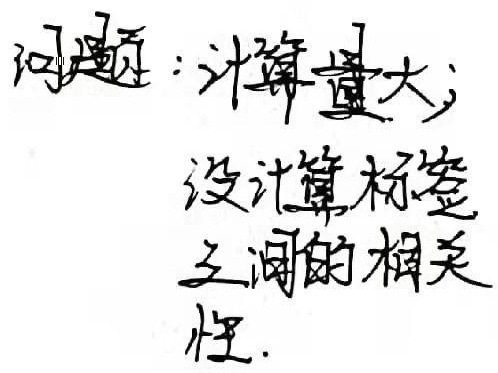
问题：计算量大；没计算标签之间的相关性.